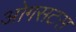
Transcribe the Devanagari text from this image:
ओगसटस